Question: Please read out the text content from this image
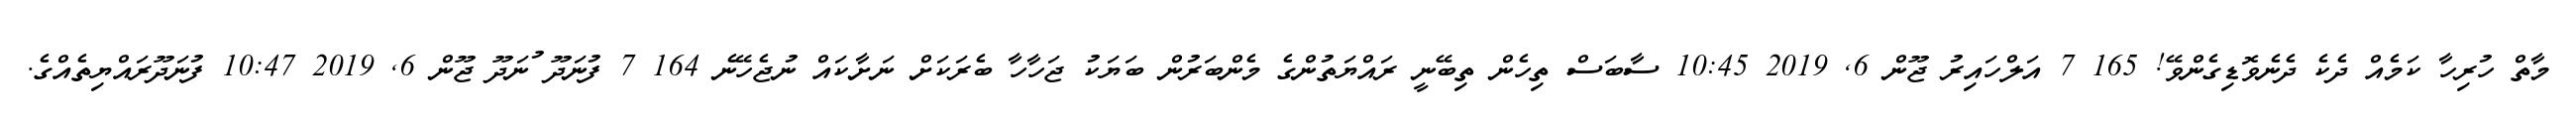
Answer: މާތް ހުރިހާ ކަމެއް ދެކެ ދެނެވޮޑިގެންވޭ! 165 7 އަލްހައިރު ޖޫން 6, 2019 10:45 ސާބަސް ތިހެން ތިބޭނީ ރައްޔަތުންގެ މެންބަރުން ބަޔަކު ޖަހާހާ ބެރަކަށް ނަށާކައް ނުޖެހޭނެ 164 7 ފުނަދޫ ުނަދޫ ޖޫން 6, 2019 10:47 ފުނަދޫރައްޔިތެއްގެ.